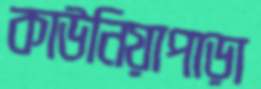
কাউনিয়াপাড়া